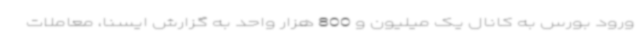
ورود بورس به کانال یک میلیون و 800 هزار واحد به گزارش ایسنا، معاملات